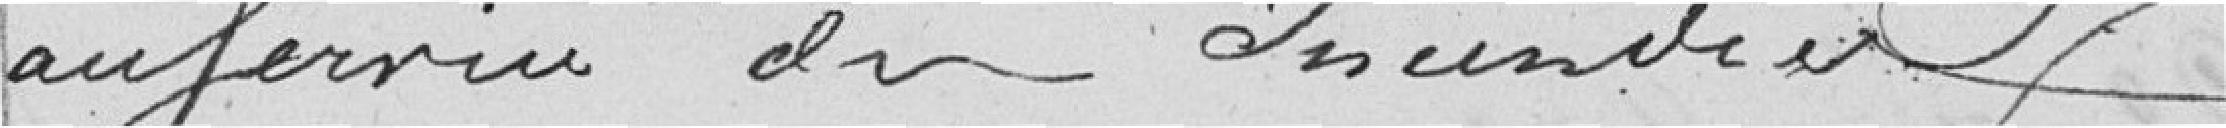
au services des incendies.